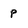
Character: p